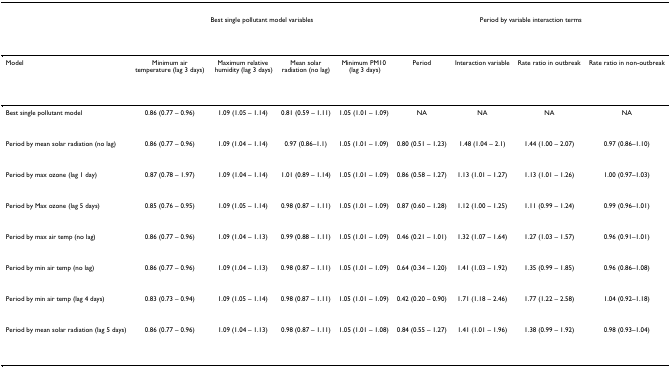
<table><thead><tr><td></td><td colspan="4"><b>Best single pollutant model variables</b></td><td colspan="4"><b>Period by variable interaction terms</b></td></tr></thead><tbody><tr><td>Model</td><td>Minimum air temperature (lag 3 days)</td><td>Maximum relative humidity (lag 3 days)</td><td>Mean solar radiation (no lag)</td><td>Minimum PM10 (lag 3 days)</td><td>Period</td><td>Interaction variable</td><td>Rate ratio in outbreak</td><td>Rate ratio in non-outbreak</td></tr><tr><td>Best single pollutant model</td><td>0.86 (0.77 – 0.96)</td><td>1.09 (1.05 – 1.14)</td><td>0.81 (0.59 – 1.11)</td><td>1.05 (1.01 – 1.09)</td><td>NA</td><td>NA</td><td>NA</td><td>NA</td></tr><tr><td>Period by mean solar radiation (no lag)</td><td>0.86 (0.77 – 0.96)</td><td>1.09 (1.04 – 1.14)</td><td>0.97 (0.86–1.1)</td><td>1.05 (1.01 – 1.09)</td><td>0.80 (0.51 – 1.23)</td><td>1.48 (1.04 – 2.1)</td><td>1.44 (1.00 – 2.07)</td><td>0.97 (0.86–1.10)</td></tr><tr><td>Period by max ozone (lag 1 day)</td><td>0.87 (0.78 – 1.97)</td><td>1.09 (1.04 – 1.14)</td><td>1.01 (0.89 – 1.14)</td><td>1.05 (1.01 – 1.09)</td><td>0.86 (0.58 – 1.27)</td><td>1.13 (1.01 – 1.27)</td><td>1.13 (1.01 – 1.26)</td><td>1.00 (0.97–1.03)</td></tr><tr><td>Period by Max ozone (lag 5 days)</td><td>0.85 (0.76 – 0.95)</td><td>1.09 (1.05 – 1.14)</td><td>0.98 (0.87 – 1.11)</td><td>1.05 (1.01 – 1.09)</td><td>0.87 (0.60 – 1.28)</td><td>1.12 (1.00 – 1.25)</td><td>1.11 (0.99 – 1.24)</td><td>0.99 (0.96–1.01)</td></tr><tr><td>Period by max air temp (no lag)</td><td>0.86 (0.77 – 0.96)</td><td>1.09 (1.04 – 1.13)</td><td>0.99 (0.88 – 1.11)</td><td>1.05 (1.01 – 1.09)</td><td>0.46 (0.21 – 1.01)</td><td>1.32 (1.07 – 1.64)</td><td>1.27 (1.03 – 1.57)</td><td>0.96 (0.91–1.01)</td></tr><tr><td>Period by min air temp (no lag)</td><td>0.86 (0.77 – 0.96)</td><td>1.09 (1.04 – 1.13)</td><td>0.98 (0.87 – 1.11)</td><td>1.05 (1.01 – 1.09)</td><td>0.64 (0.34 – 1.20)</td><td>1.41 (1.03 – 1.92)</td><td>1.35 (0.99 – 1.85)</td><td>0.96 (0.86–1.08)</td></tr><tr><td>Period by min air temp (lag 4 days)</td><td>0.83 (0.73 – 0.94)</td><td>1.09 (1.05 – 1.14)</td><td>0.98 (0.87 – 1.11)</td><td>1.05 (1.01 – 1.09)</td><td>0.42 (0.20 – 0.90)</td><td>1.71 (1.18 – 2.46)</td><td>1.77 (1.22 – 2.58)</td><td>1.04 (0.92–1.18)</td></tr><tr><td>Period by mean solar radiation (lag 5 days)</td><td>0.86 (0.77 – 0.96)</td><td>1.09 (1.04 – 1.13)</td><td>0.98 (0.87 – 1.11)</td><td>1.05 (1.01 – 1.08)</td><td>0.84 (0.55 – 1.27)</td><td>1.41 (1.01 – 1.96)</td><td>1.38 (0.99 – 1.92)</td><td>0.98 (0.93–1.04)</td></tr></tbody></table>